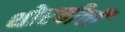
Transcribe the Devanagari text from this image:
थोरवीची